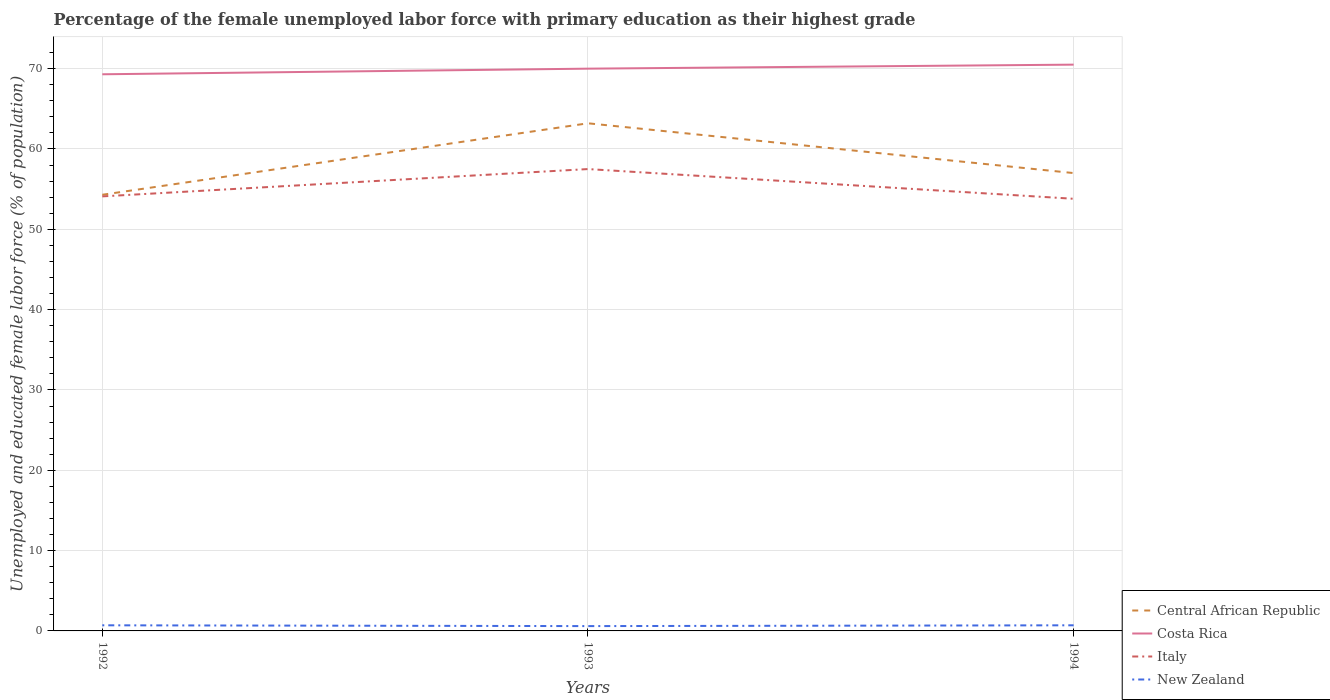
| Years | Central African Republic | Costa Rica | Italy | New Zealand |
 | --- | --- | --- | --- | --- |
 | 1992 | 54.3 | 69.3 | 54.1 | 0.7 |
 | 1993 | 63.2 | 70 | 57.5 | 0.6 |
 | 1994 | 57 | 70.5 | 53.8 | 0.7 |